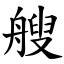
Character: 艘